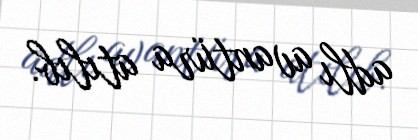
adlı avantüra atılıb.